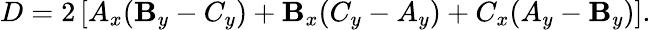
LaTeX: D=2\left[A_{x}(\mathbf{B}_{y}-C_{y})+\mathbf{B}_{x}(C_{y}-A_{y})+C_{x}(A_{y}-\mathbf{B}_{y})\right].